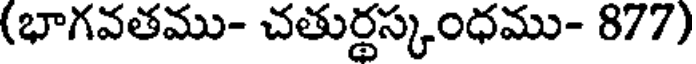
(భాగవతము- చతుర్థస్కంధము- 877)